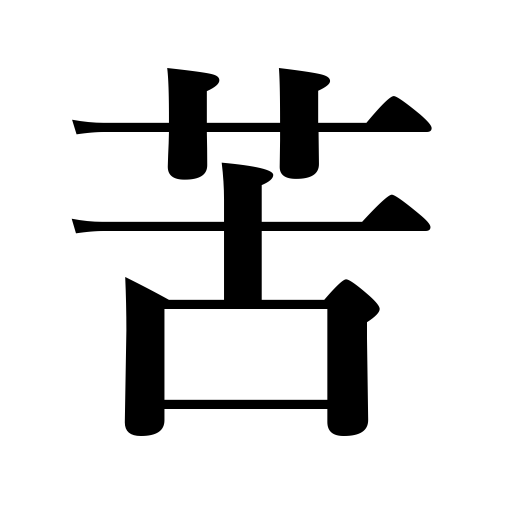
Meanings: be equal to,serve under,function properly,play the part of,serve,be fit for,be diligent,exert oneself,suffering,endeavor,trialfor,fill a post,work